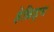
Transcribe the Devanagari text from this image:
हेब्रिड्स